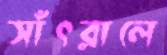
সাঁৎরালে